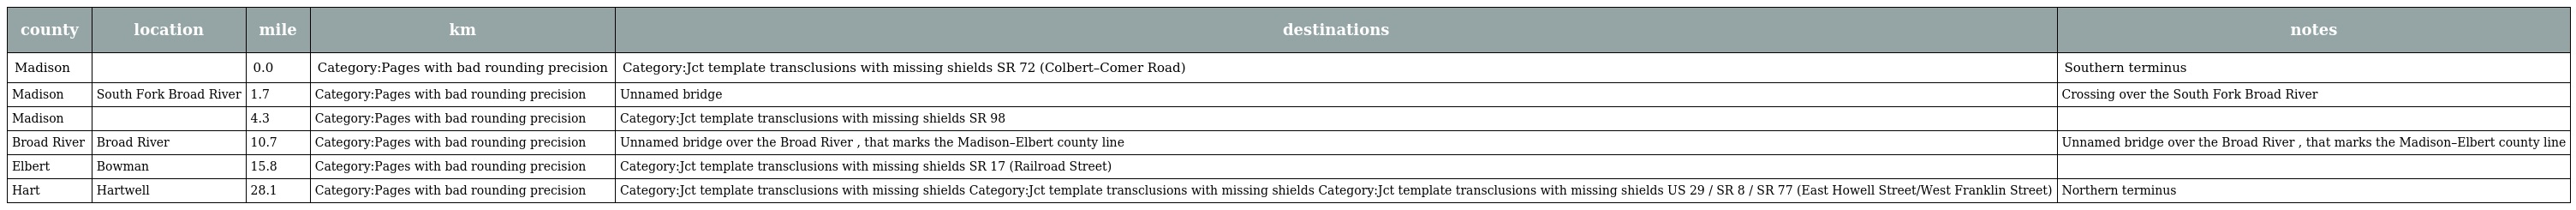
| county | location | mile | km | destinations | notes |
 | --- | --- | --- | --- | --- | --- |
 | Madison |  | 0.0 | Category:Pages with bad rounding precision | Category:Jct template transclusions with missing shields SR 72 (Colbert–Comer Road) | Southern terminus |
 | Madison | South Fork Broad River | 1.7 | Category:Pages with bad rounding precision | Unnamed bridge | Crossing over the South Fork Broad River |
 | Madison |  | 4.3 | Category:Pages with bad rounding precision | Category:Jct template transclusions with missing shields SR 98 |  |
 | Broad River | Broad River | 10.7 | Category:Pages with bad rounding precision | Unnamed bridge over the Broad River , that marks the Madison–Elbert county line | Unnamed bridge over the Broad River , that marks the Madison–Elbert county line |
 | Elbert | Bowman | 15.8 | Category:Pages with bad rounding precision | Category:Jct template transclusions with missing shields SR 17 (Railroad Street) |  |
 | Hart | Hartwell | 28.1 | Category:Pages with bad rounding precision | Category:Jct template transclusions with missing shields Category:Jct template transclusions with missing shields Category:Jct template transclusions with missing shields US 29 / SR 8 / SR 77 (East Howell Street/West Franklin Street) | Northern terminus |